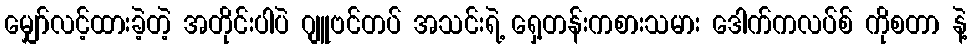
မျှော်လင့်ထားခဲ့တဲ့ အတိုင်းပါပဲ ဂျူဗင်တပ် အသင်းရဲ့ ရှေ့တန်းကစားသမား ဒေါက်ကလပ်စ် ကိုစတာ နဲ့